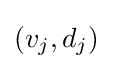
(v_{j},d_{j})